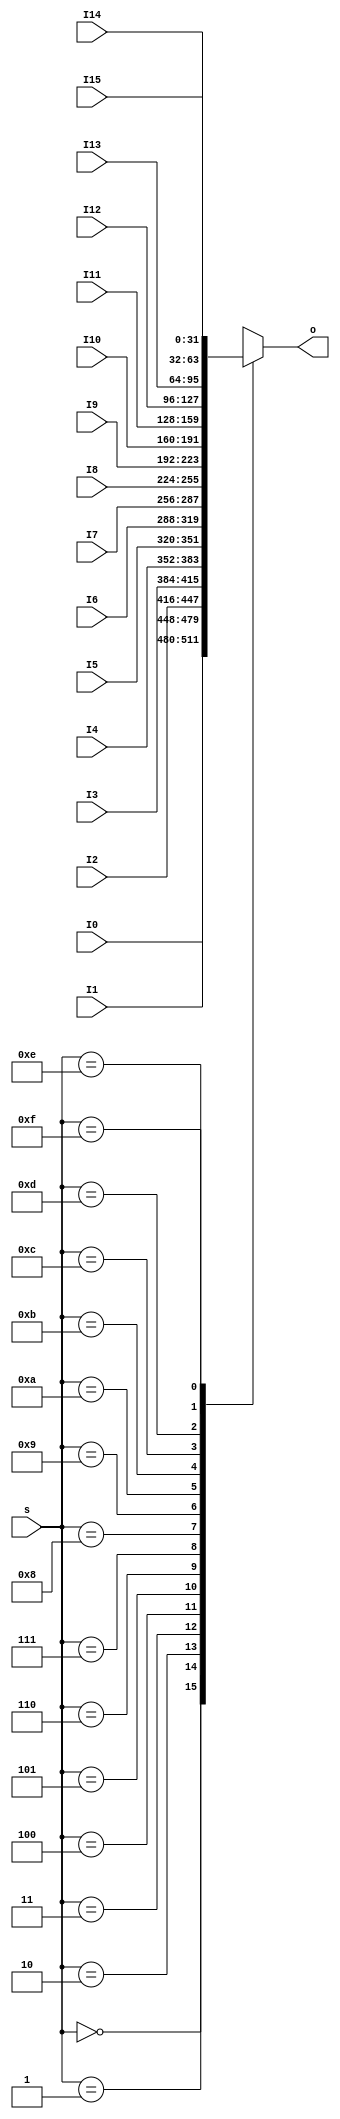
`timescale 1ns / 1ps
//////////////////////////////////////////////////////////////////////////////////
// Company: 
// Engineer: 
// 
// Design Name: 
// Module Name:    MUX16T1_32 
// Project Name: 
// Target Devices: 
// Tool versions: 
// Description: 
//
// Dependencies: 
//
// Revision: 
// Revision 0.01 - File Created
// Additional Comments: 
//
//////////////////////////////////////////////////////////////////////////////////
module  MUX16T1_32(input [3:0]s,
						 input [31:0]I0,
						 input [31:0]I1,
						 input [31:0]I2,
						 input [31:0]I3,
						 input [31:0]I4,
						 input [31:0]I5,
						 input [31:0]I6,
						 input [31:0]I7,
                   input [31:0]I8,
						 input [31:0]I9,
						 input [31:0]I10,
						 input [31:0]I11,
						 input [31:0]I12,
						 input [31:0]I13,
						 input [31:0]I14,
						 input [31:0]I15,						 
						 output reg [31:0]o
						 );
		always @ *			 
			case(s)
				4'd0: o = I0;
				4'd1: o = I1;
				4'd2: o = I2;
				4'd3: o = I3;
				4'd4: o = I4;
				4'd5: o = I5;
				4'd6: o = I6;
				4'd7: o = I7;
				4'd8: o = I8;
				4'd9: o = I9;
				4'd10: o = I10;
				4'd11: o = I11;
				4'd12: o = I12;
				4'd13: o = I13;
				4'd14: o = I14;
				4'd15: o = I15;
			endcase	
			
endmodule